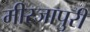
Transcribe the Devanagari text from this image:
मीरजापुरी